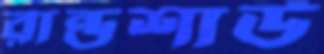
রান্ডশাউ